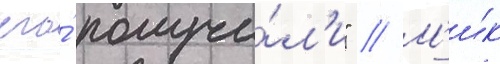
его́ получи́л'и" // М'и́к